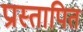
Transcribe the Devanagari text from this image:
प्रास्तापित